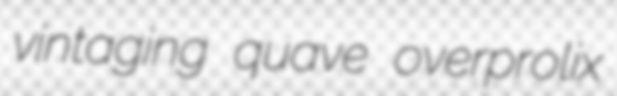
vintaging quave overprolix